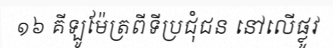
១៦ គីឡូម៉ែត្រពីទីប្រជុំជន នៅលើផ្លូវ